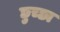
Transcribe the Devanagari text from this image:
छुच्छा